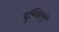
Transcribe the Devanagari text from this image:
दुर्भिक्षेमुळे